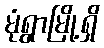
မုံရွာမြို့ရှိ